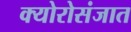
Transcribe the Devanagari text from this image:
क्योरोसंजात